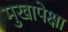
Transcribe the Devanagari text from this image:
मुखापेक्षा